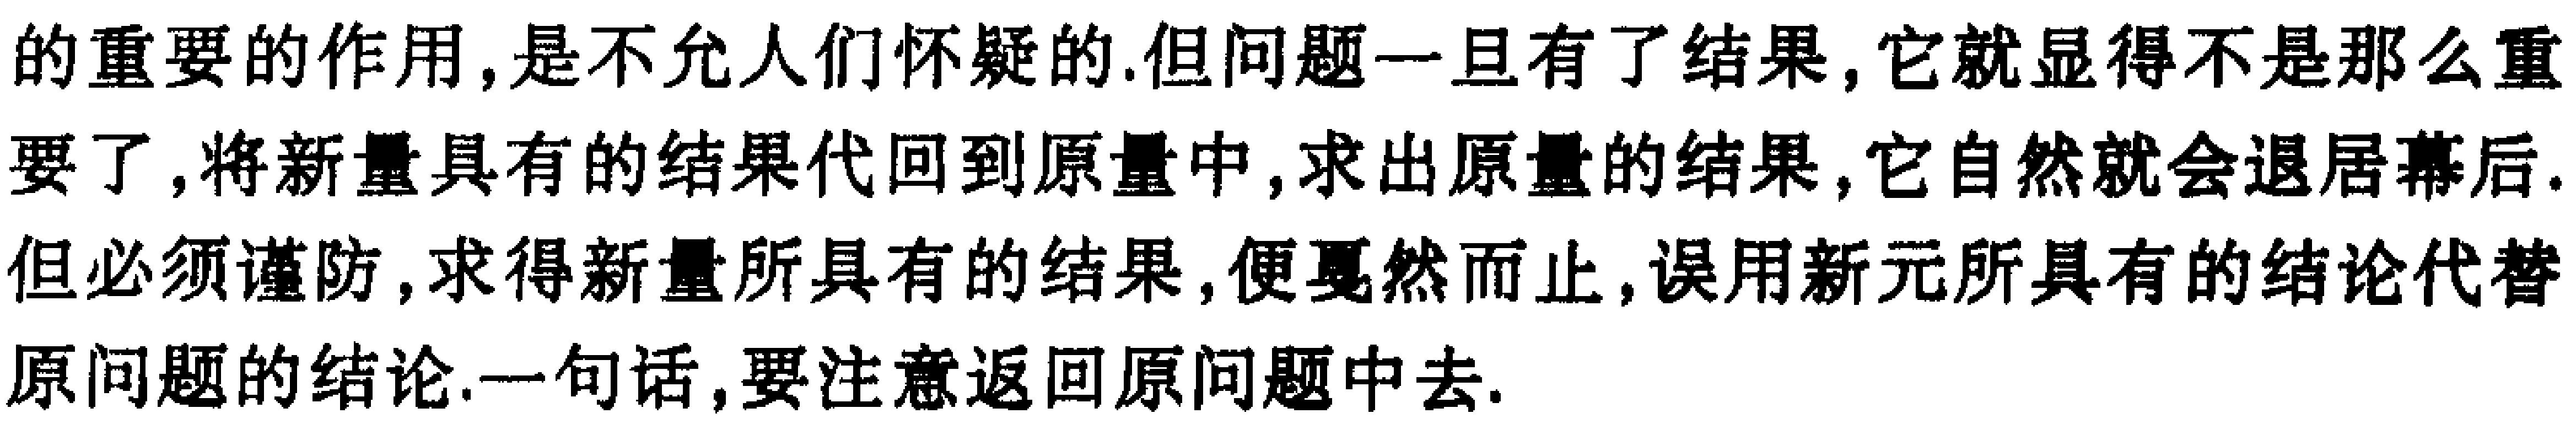
的重要的作用,是不允人们怀疑的.但问题一旦有了结果,它就显得不是那么重
要了,将新量具有的结果代回到原量中,求出原量的结果,它自然就会退居幕后.
但必须谨防,求得新量所具有的结果,便戛然而止,误用新元所具有的结论代替
原问题的结论.一句话,要注意返回原问题中去.